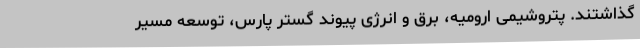
گذاشتند. پتروشیمی ارومیه، برق و انرژی پیوند گستر پارس، توسعه مسیر